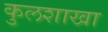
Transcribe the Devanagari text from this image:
कुलशाखा